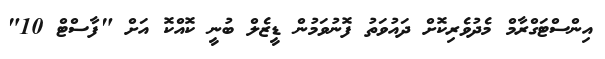
އިންސްޓަގްރާމް މެދުވެރިކޮށް ދައުވަތު ފޮނުވަމުން ޑީޒެލް ބުނީ ކޮއްކޮ އަށް "ފާސްޓް 10"